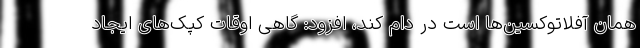
همان آفلاتوکسین‌ها است در دام کند، افزود: گاهی اوقات کپک‌های ایجاد